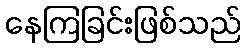
နေကြခြင်းဖြစ်သည်